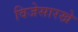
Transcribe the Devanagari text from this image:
विजेसारखे